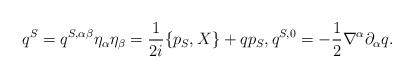
LaTeX: \begin{align*} q^S = q^{S, \alpha\beta}\eta_{\alpha}\eta_{\beta} = \frac{1}{2i} \{p_S,X\} + q p_S, q^{S,0} = - \frac12\nabla^\alpha \partial_\alpha q.\end{align*}